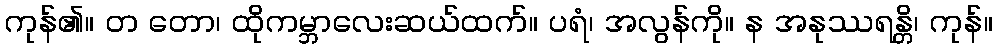
ကုန်၏။ တ တော၊ ထိုကမ္ဘာလေးဆယ်ထက်။ ပရံ၊ အလွန်ကို။ န အနုဿရန္တိ၊ ကုန်။